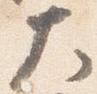
大